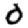
Digit: 0